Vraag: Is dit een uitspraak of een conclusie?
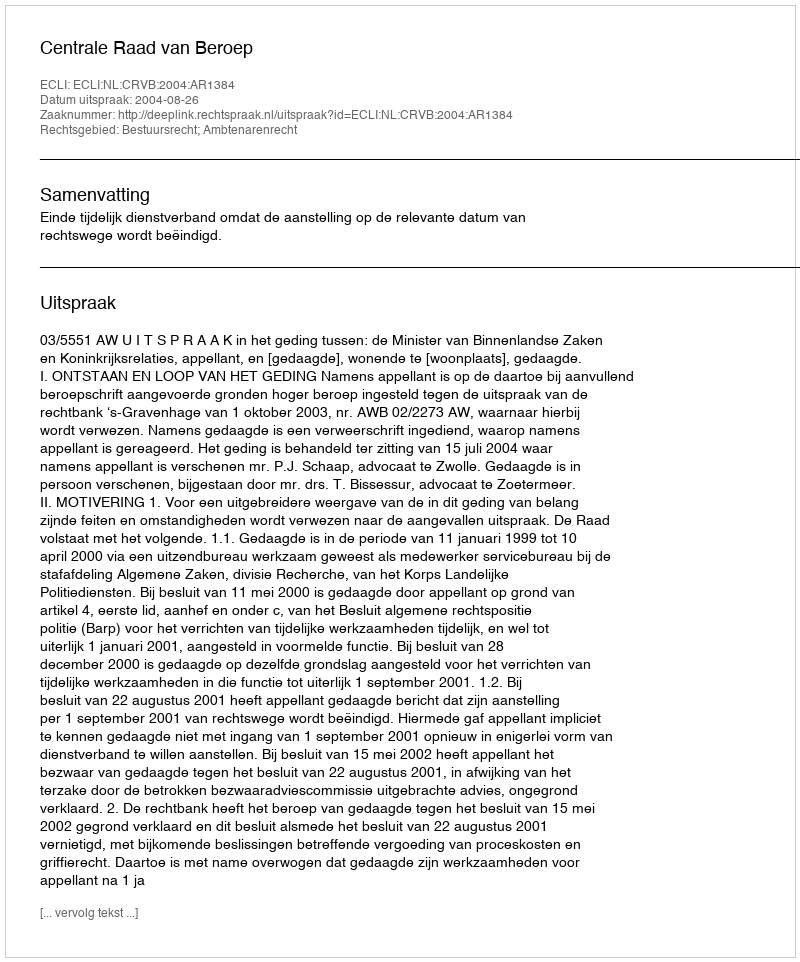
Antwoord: Uitspraak